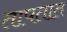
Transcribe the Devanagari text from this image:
तापतात